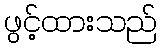
ဖွင့်ထားသည်